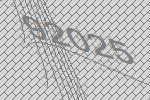
92025